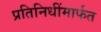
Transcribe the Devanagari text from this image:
प्रतिनिधींमार्फत